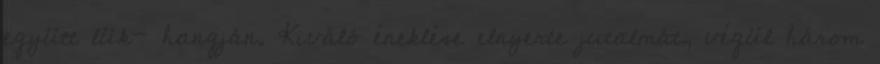
együtt lük- hangján. Kiváló éneklése elnyerte jutalmát, végül három